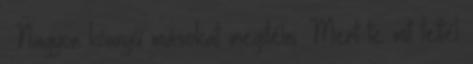
. Nagyon könnyű másokat megítélni. Mert te mit tettél